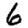
Digit: 6